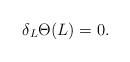
LaTeX: \begin{align*}\delta_L\Theta(L) = 0.\end{align*}